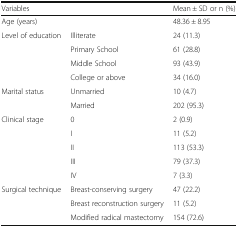
<table><thead><tr><td colspan="2"><b>Variables</b></td><td><b>Mean ± SD or n (%)</b></td></tr></thead><tbody><tr><td>Age (years)</td><td></td><td>48.36 ± 8.95</td></tr><tr><td rowspan="4">Level of education</td><td>Illiterate</td><td>24 (11.3)</td></tr><tr><td>Primary School</td><td>61 (28.8)</td></tr><tr><td>Middle School</td><td>93 (43.9)</td></tr><tr><td>College or above</td><td>34 (16.0)</td></tr><tr><td rowspan="2">Marital status</td><td>Unmarried</td><td>10 (4.7)</td></tr><tr><td>Married</td><td>202 (95.3)</td></tr><tr><td rowspan="5">Clinical stage</td><td>0</td><td>2 (0.9)</td></tr><tr><td>I</td><td>11 (5.2)</td></tr><tr><td>II</td><td>113 (53.3)</td></tr><tr><td>III</td><td>79 (37.3)</td></tr><tr><td>IV</td><td>7 (3.3)</td></tr><tr><td rowspan="3">Surgical technique</td><td>Breast-conserving surgery</td><td>47 (22.2)</td></tr><tr><td>Breast reconstruction surgery</td><td>11 (5.2)</td></tr><tr><td>Modified radical mastectomy</td><td>154 (72.6)</td></tr></tbody></table>